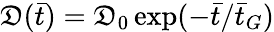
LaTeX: \mathfrak{D}(\bar{{t}})=\mathfrak{D}_{0}\exp(-\bar{{t}}/\bar{{t}}_{G})